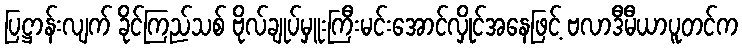
ပြဋ္ဌာန်းလျက် ခိုင်ကြည်သစ် ဗိုလ်ချုပ်မှူးကြီးမင်းအောင်လှိုင်အနေဖြင့် ဗလာဒီမီယာပူတင်က